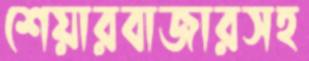
শেয়ারবাজারসহ